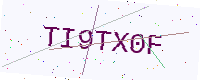
Text: TI9TX0F